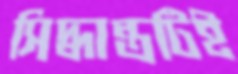
সিদ্ধান্তটিই